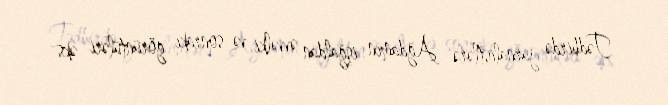
Tədbirdə jurnalistlərə Ağdamın işğaldan əvvəlki və sonrakı görüntüləri əks